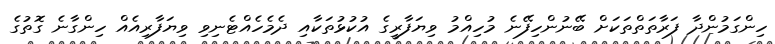
ހިންގަމުންދާ ފަރާތަތްތަކަށް ބޭނުންހިފޭނެ މުހިއްމު ވިޔަފާރީގެ އުކުޅުތަކާއި ދެމެހެއްޓެނިވި ވިޔަފާރިއެއް ހިންގާނެ ގޮތުގެ